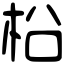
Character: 柗